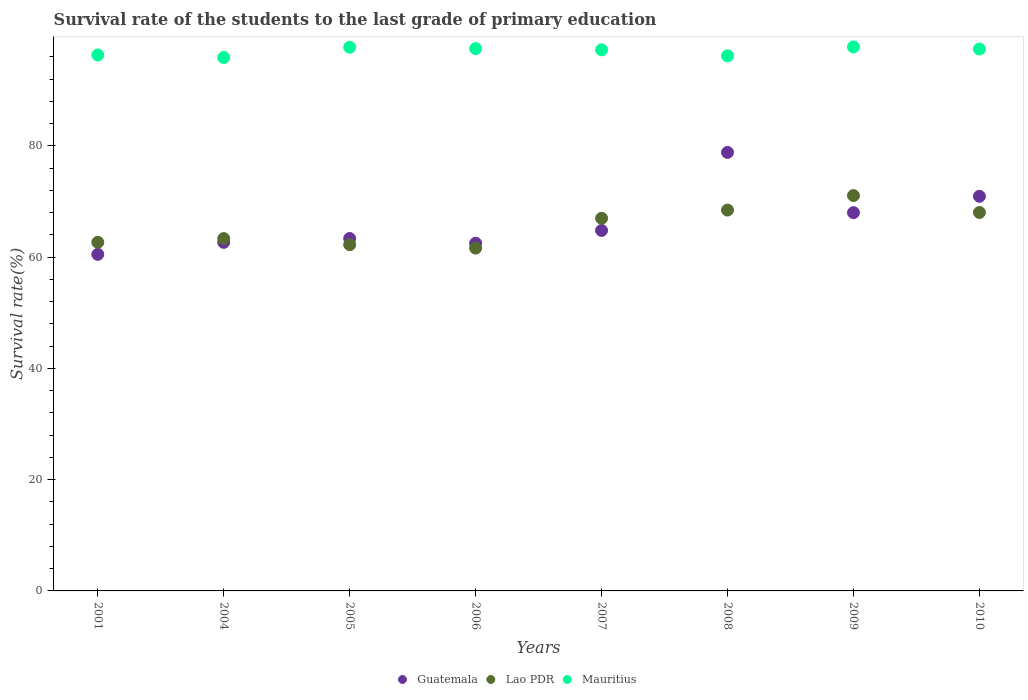
| Years | Guatemala | Lao PDR | Mauritius |
 | --- | --- | --- | --- |
 | 2001 | 60.5 | 62.7 | 96.3 |
 | 2004 | 62.6 | 63.3 | 95.9 |
 | 2005 | 63.3 | 62.2 | 97.7 |
 | 2006 | 62.5 | 61.6 | 97.5 |
 | 2007 | 64.8 | 67 | 97.3 |
 | 2008 | 78.8 | 68.5 | 96.2 |
 | 2009 | 68 | 71.1 | 97.8 |
 | 2010 | 70.9 | 68 | 97.4 |